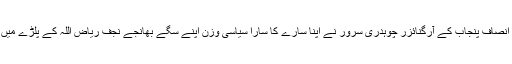
تحریک انصاف پنجاب کے آرگنائزر چوہدری سرور نے اپنا سارے کا سارا سیاسی وزن اپنے سگے بھانجے نجف ریاض اللہ کے پلڑے میں ڈال دیا۔